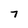
Character: 7